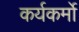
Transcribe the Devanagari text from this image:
कर्यकर्मो